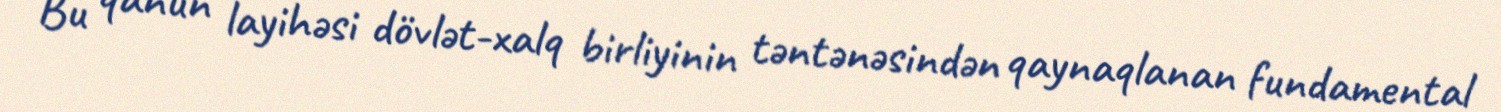
Bu qanun layihəsi dövlət-xalq birliyinin təntənəsindən qaynaqlanan fundamental